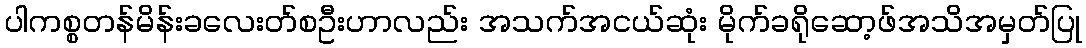
ပါကစ္စတန်မိန်းခလေးတ်စဦးဟာလည်း အသက်အငယ်ဆုံး မိုက်ခရိုဆော့ဖ်အသိအမှတ်ပြု